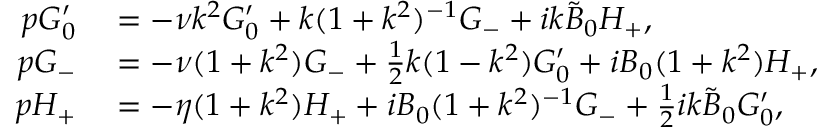
\begin{array} { r l } { p G _ { 0 } ^ { \prime } } & { { } = - \nu k ^ { 2 } G _ { 0 } ^ { \prime } + { k } ( 1 + k ^ { 2 } ) ^ { - 1 } G _ { - } + i k \tilde { B } _ { 0 } H _ { + } , } \\ { p G _ { - } } & { { } = - \nu ( 1 + k ^ { 2 } ) G _ { - } + \frac { 1 } { 2 } k ( 1 - k ^ { 2 } ) G _ { 0 } ^ { \prime } + i B _ { 0 } ( 1 + k ^ { 2 } ) H _ { + } , } \\ { p H _ { + } } & { { } = - \eta ( 1 + k ^ { 2 } ) H _ { + } + i B _ { 0 } ( 1 + k ^ { 2 } ) ^ { - 1 } G _ { - } + \frac { 1 } { 2 } i k \tilde { B } _ { 0 } G _ { 0 } ^ { \prime } , } \end{array}